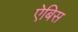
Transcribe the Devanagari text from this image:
ऐबिस